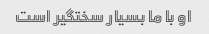
او با ما بسیار سختگیر است